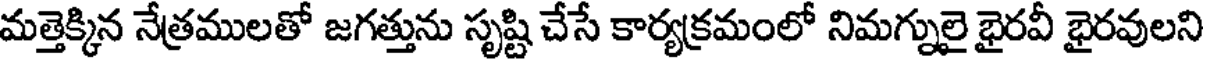
మత్తెక్కిన నేత్రములతో జగత్తును సృష్టి చేసే కార్యక్రమంలో నిమగ్నులై భైరవీ భైరవులని